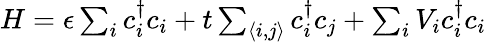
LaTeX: \begin{array}{r}{H=\epsilon\sum_{i}c_{i}^{\dagger}c_{i}+t\sum_{\langle i,j\rangle}c_{i}^{\dagger}c_{j}+\sum_{i}V_{i}c_{i}^{\dagger}c_{i}}\end{array}